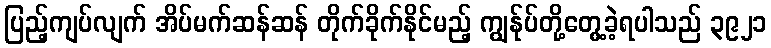
ပြည့်ကျပ်လျက် အိပ်မက်ဆန်ဆန် တိုက်ခိုက်နိုင်မည့် ကျွန်ုပ်တို့တွေ့ခဲ့ရပါသည် ၃၉၂၁